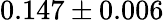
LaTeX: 0.147\pm 0.006